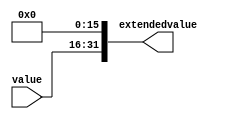
module signalextend (
input [15:0] value,
output wire [31:0] extendedvalue);
assign extendedvalue = value << 16 ;
endmodule